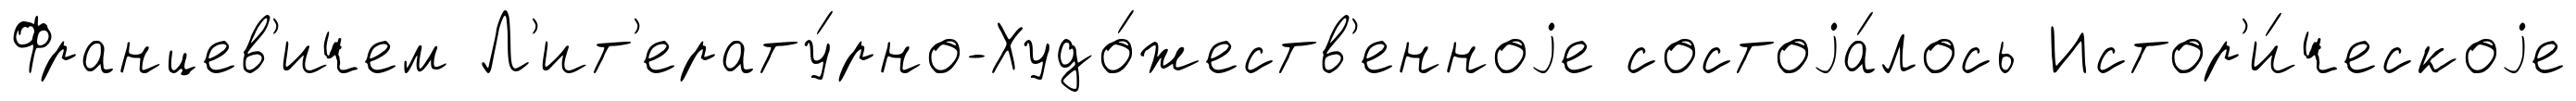
Францев'ичем Л'ит'ерату́рно-Худо́жеств'енноjе состоjа́лось Истор'и́ческоjе